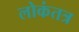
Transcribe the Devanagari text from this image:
लोकंतत्र